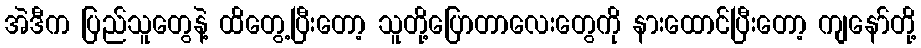
အဲဒီက ပြည်သူတွေနဲ့ ထိတွေ့ပြီးတော့ သူတို့ပြောတာလေးတွေကို နားထောင်ပြီးတော့ ကျနော်တို့